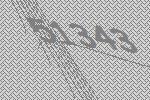
51343